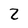
Character: Z